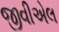
જીવીએલ